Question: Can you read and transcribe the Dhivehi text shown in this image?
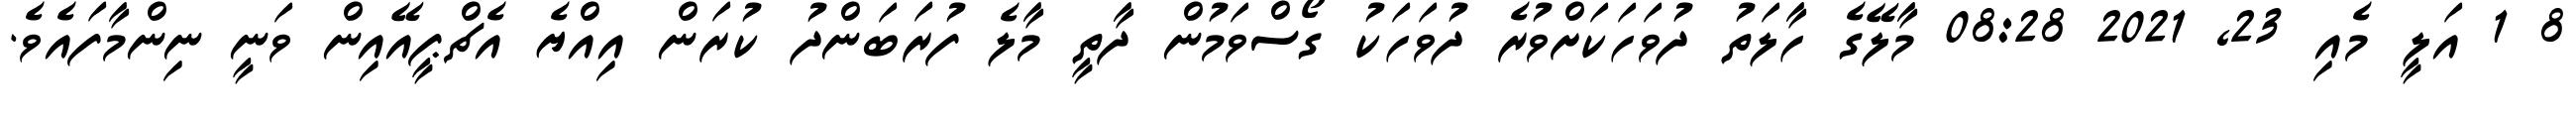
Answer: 8 1 އަލީ މެއި 23, 2021 08:28 މާލޭގެ ހާލަތު ދުވަހަކަށްވުރެ ދުވަހަކު ގޯސްވަމުން ދާތީ މާލެ ފުރަބަންދު ކުރަން އިއްޔެ އެޗްޕީއޭއިން ވަނީ ނިންމާފައެވެ.